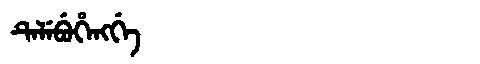
Manchu: ᡨᡝᠯᡝᠪᡠᡥᡝᠩᡤᡝ
Romanization: TELEBUHENGGE